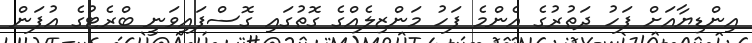
އިންޑިޔާއަށް ފަހު ދަތުރުގެ އެންމެ ފަހު މަންޒިލެއްގެ ގޮތުގައި ގޮސްފައިވަނީ ބްރެޓުގެ އުފަން